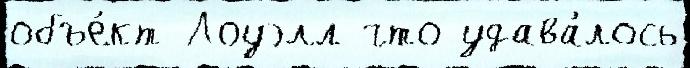
объе́кт Лоуэлл что удава́лось